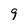
Character: 9